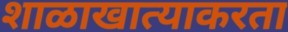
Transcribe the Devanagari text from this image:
शाळाखात्याकरता